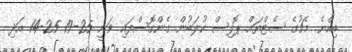
އިއްޔެ މެޗުގެ ސެޓްތައް ޕޮލިސް ކުލަބުން ގެންގޮސްފައި ވަނީ 25-19 25-14 އަދި